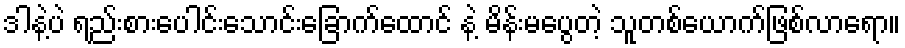
ဒါနဲ့ပဲ ရည်းစားပေါင်းသောင်းခြောက်ထောင် နဲ့ မိန်းမပွေတဲ့ သူတစ်ယောက်ဖြစ်လာရော။